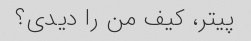
پیتر، کیف من را دیدی؟